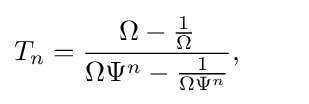
T_{n}={\frac {\Omega -{\frac {1}{\Omega }}}{\Omega \Psi ^{n}-{\frac {1}{\Omega \Psi ^{n}}}}},\qquad